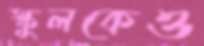
স্কুলকেও